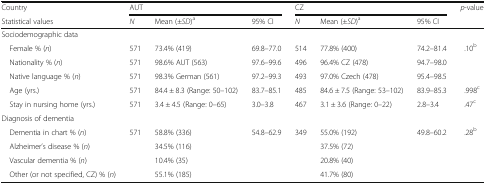
<table><thead><tr><td><b>Country</b></td><td colspan="3"><b>AUT</b></td><td colspan="3"><b>CZ</b></td><td rowspan="2"><b><i>p</i>-value</b></td></tr><tr><td><b>Statistical values</b></td><td><b><i>N</i></b></td><td><b>Mean (±<i>SD</i>)<sup>a</sup></b></td><td><b>95% CI</b></td><td><b><i>N</i></b></td><td><b>Mean (±<i>SD</i>)<sup>a</sup></b></td><td><b>95% CI</b></td></tr></thead><tbody><tr><td colspan="8">Sociodemographic data</td></tr><tr><td> Female % (<i>n</i>)</td><td>571</td><td>73.4% (419)</td><td>69.8–77.0</td><td>514</td><td>77.8% (400)</td><td>74.2–81.4</td><td>.10<sup>b</sup></td></tr><tr><td> Nationality % (<i>n</i>)</td><td>571</td><td>98.6% AUT (563)</td><td>97.6–99.6</td><td>496</td><td>96.4% CZ (478)</td><td>94.7–98.0</td><td></td></tr><tr><td> Native language % (<i>n</i>)</td><td>571</td><td>98.3% German (561)</td><td>97.2–99.3</td><td>493</td><td>97.0% Czech (478)</td><td>95.4–98.5</td><td></td></tr><tr><td> Age (yrs.)</td><td>571</td><td>84.4 ± 8.3 (Range: 50–102)</td><td>83.7–85.1</td><td>485</td><td>84.6 ± 7.5 (Range: 53–102)</td><td>83.9–85.3</td><td>.998<sup>c</sup></td></tr><tr><td> Stay in nursing home (yrs.)</td><td>571</td><td>3.4 ± 4.5 (Range: 0–65)</td><td>3.0–3.8</td><td>467</td><td>3.1 ± 3.6 (Range: 0–22)</td><td>2.8–3.4</td><td>.47<sup>c</sup></td></tr><tr><td colspan="8">Diagnosis of dementia</td></tr><tr><td> Dementia in chart % (<i>n</i>)</td><td>571</td><td>58.8% (336)</td><td>54.8–62.9</td><td>349</td><td>55.0% (192)</td><td>49.8–60.2</td><td>.28<sup>b</sup></td></tr><tr><td> Alzheimer’s disease % (<i>n</i>)</td><td></td><td>34.5% (116)</td><td></td><td></td><td>37.5% (72)</td><td></td><td></td></tr><tr><td> Vascular dementia % (<i>n</i>)</td><td></td><td>10.4% (35)</td><td></td><td></td><td>20.8% (40)</td><td></td><td></td></tr><tr><td> Other (or not specified, CZ) % (<i>n</i>)</td><td></td><td>55.1% (185)</td><td></td><td></td><td>41.7% (80)</td><td></td><td></td></tr></tbody></table>